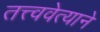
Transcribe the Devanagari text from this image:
तत्त्ववेत्याने